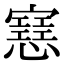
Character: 𢤑